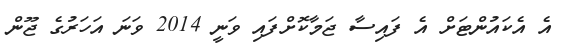
އެ އެކައުންޓަށް އެ ފައިސާ ޖަމާކޮށްފައި ވަނީ 2014 ވަނަ އަހަރުގެ ޖޫން